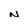
Character: N